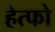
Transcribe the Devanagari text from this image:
हेत्फो